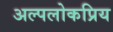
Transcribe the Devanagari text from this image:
अल्पलोकप्रिय